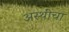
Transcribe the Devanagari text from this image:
अस्थींचा